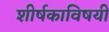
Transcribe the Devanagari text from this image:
शीर्षकाविषयी